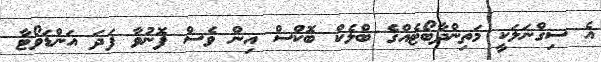
އެ ސިގްނަލަކީ މަތިންދާބޯޓެއްގެ ބްލެކް ބޮކްސް އިން ވެސް ފޮނުވާ ފަދަ އަންޑަވޯޓާ